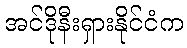
အင်ဒိုနီးရှားနိုင်ငံက